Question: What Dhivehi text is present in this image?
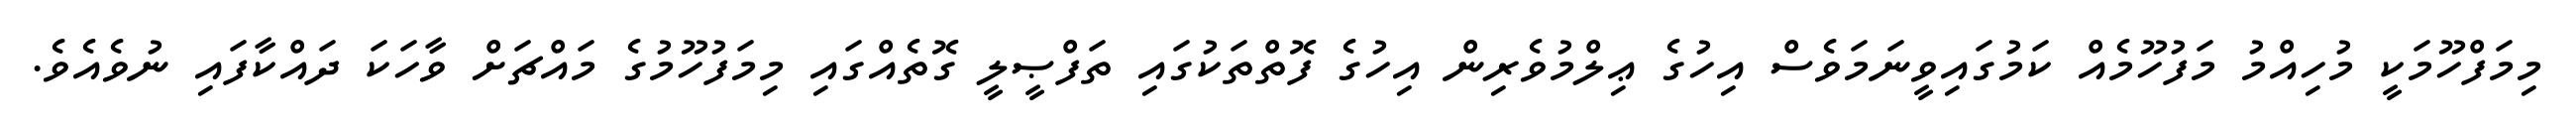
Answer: މިމަފްހޫމަކީ މުހިއްމު މަފުހޫމެއް ކަމުގައިވީނަމަވެސް އިހުގެ ޢިލްމުވެރިން އިހުގެ ފޮތްތަކުގައި ތަފްޞީލީ ގޮތެއްގައި މިމަފުހޫމުގެ މައްޗަށް ވާހަކަ ދައްކާފައި ނުވެއެވެ.